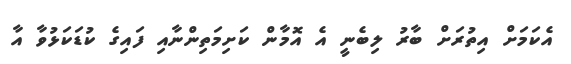
އެކަމަށް އިތުރަށް ބާރު ލިބެނީ އެ އޮމާން ކަށިމަތިންނާއި ފައިގެ ކުޑަކަޅުވާ އާ